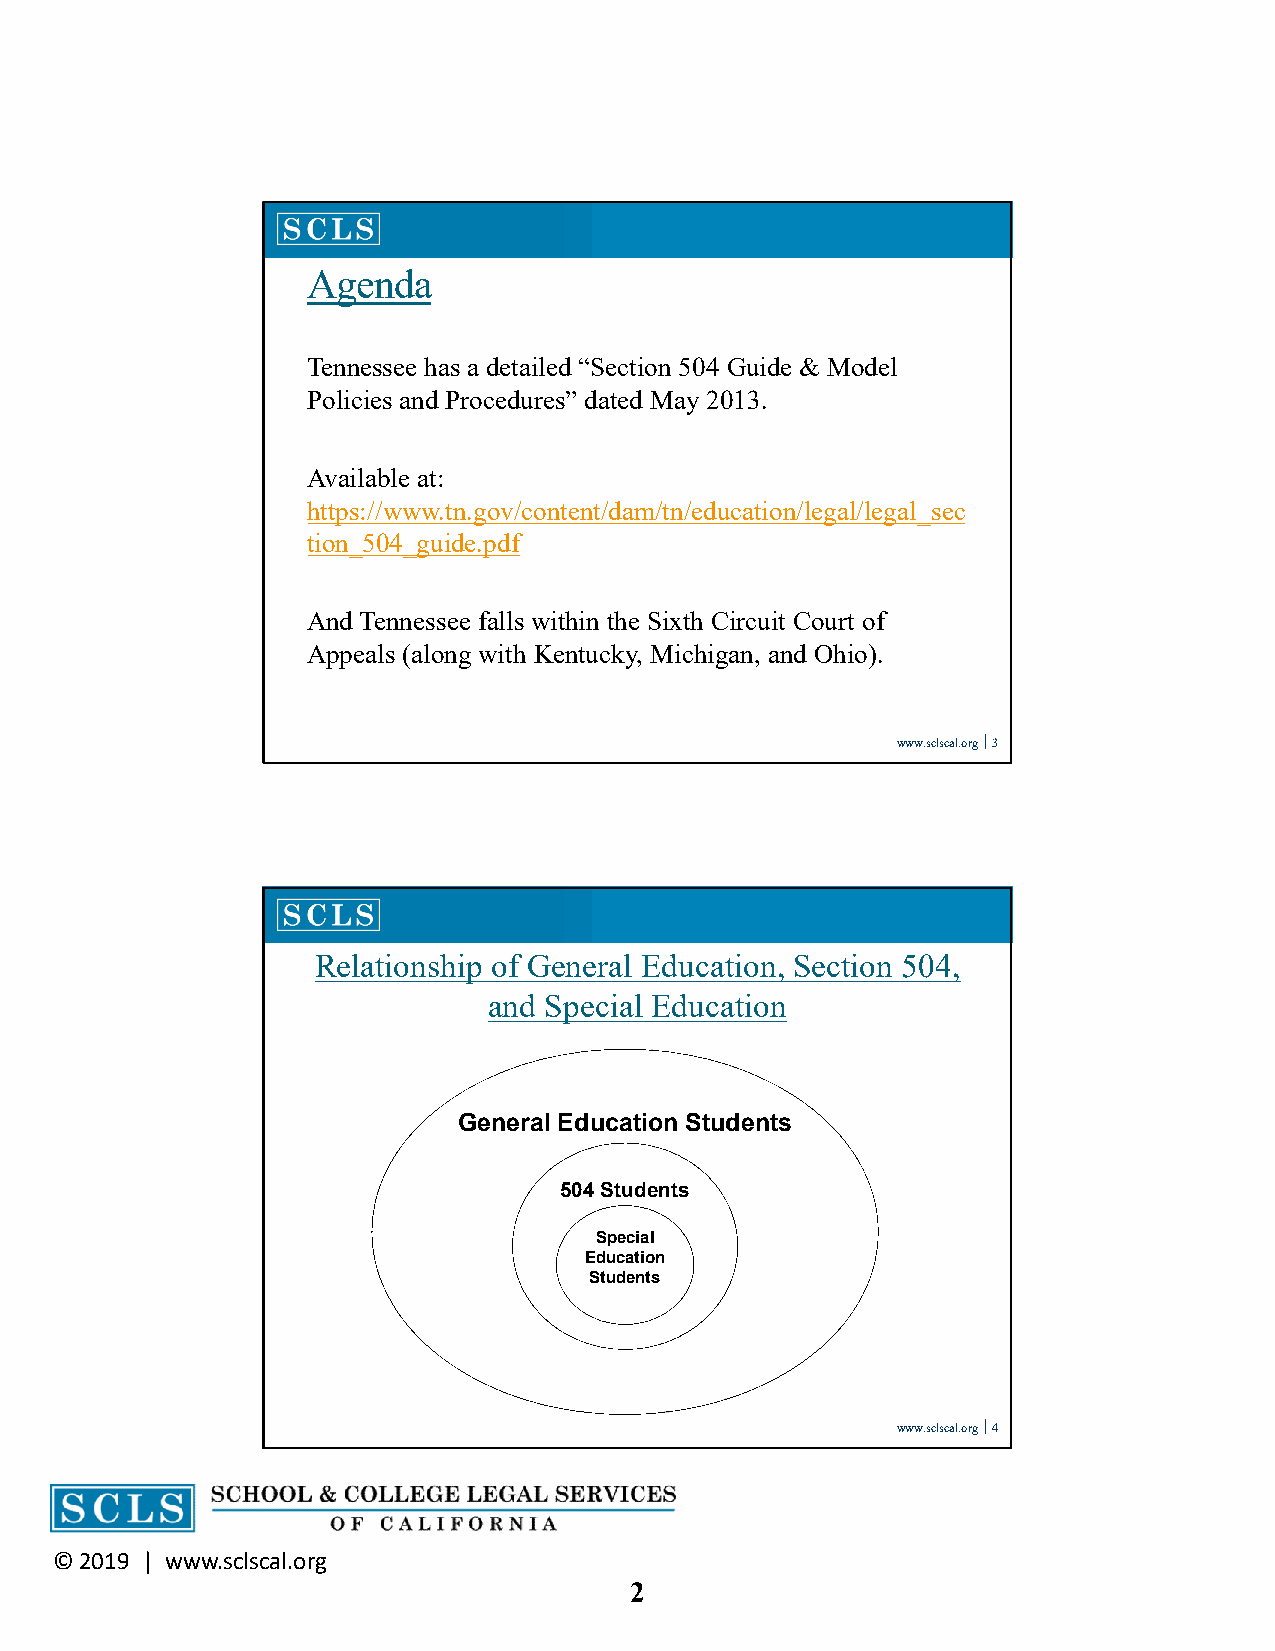
Agenda
 Tennessee has a detailed “Section 504 Guide & Model
 Policies and Procedures” dated May 2013.
 Available at:
 https://www.tn.gov/content/dam/tn/education/legal/legal_sec
 tion_504_guide.pdf
 And Tennessee falls within the Sixth Circuit Court of
 Appeals (along with Kentucky, Michigan, and Ohio).
 www.sclscal.org 3
 Relationship of General Education, Section 504,
 and Special Education
 General Education Students
 504 Students
 Special
 Education
 Students
 www.sclscal.org 4
 © 2019 | www.sclscal.org
 2